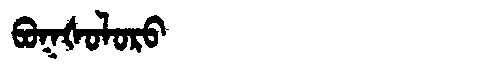
Manchu: ᠪᠣᡴᡧᠣᠯᠣᡵᠣ
Romanization: BOKŠOLORO